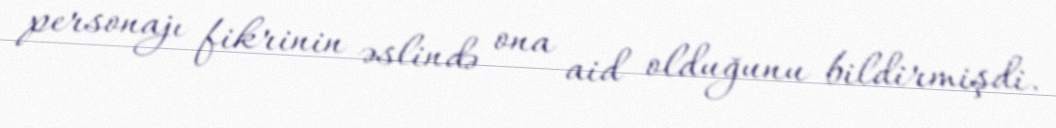
personajı fikrinin əslində ona aid olduğunu bildirmişdi.